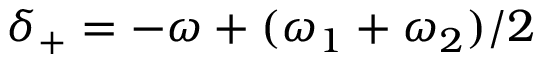
\delta _ { + } = - \omega + ( \omega _ { 1 } + \omega _ { 2 } ) / 2